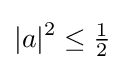
|a|^{2}\leq {\tfrac {1}{2}}